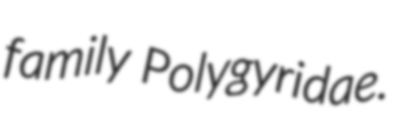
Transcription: family Polygyridae.